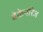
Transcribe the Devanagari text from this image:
बेकेनरिज